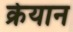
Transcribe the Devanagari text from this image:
क्रेयान